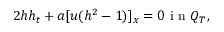
2 h h _ { t } + a [ u ( h ^ { 2 } - 1 ) ] _ { x } = 0 \mathrm { ~ i ~ n ~ } Q _ { T } ,